Lunatic asylums Central Provinces reports 1886-1894 - 1886-1894
Year: 1886
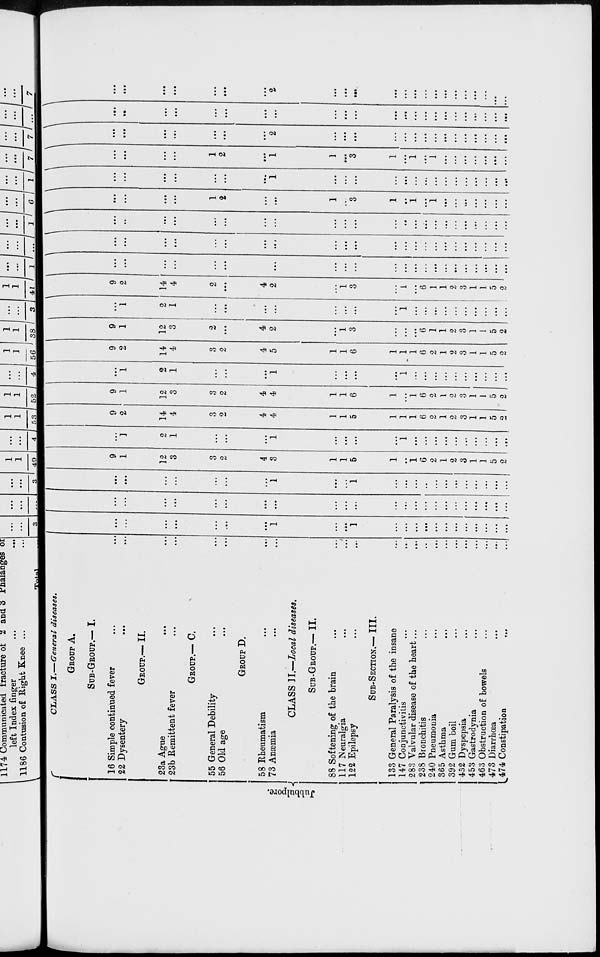
J ubbul por e.
CLASS I.— General diseases.
GROUP A.
SUB-GROUP.— I.
16 Simple continued fever ... ...
22 Dysentery ... ...
GROUP.— II.
23a Ague ... ...
23b Remittent fever ... ...
GROUP.— C.
55 General Debility ... ...
56 Old age ... ...
GROUP D.
58 Rheumatism ... ...
73 Anæmia ... ...
CLASS II.—Local diseases.
SUB-GROUP.— II.
88 Softening of the brain ... ...
117 Neuralgia ... ...
122 Epilepsy ... ...
SUB-SECTION.— III.
133 General Paralysis of the insane ...
147 Conjunctivitis ... ...
283 Valvular disease of the heart ... ...
238 Bronchitis ... ...
240 Pneumonia ... ...
365 Asthma ... ...
392 Gum boil
...
...
452 Dyspepsia ... ...
453 Gastrodynia ... ...
463 Obstruction of bowels ... ...
473 Diarrhœa ... ...
474 Constipation ... ...
...
...
...
...
...
...
...
1
...
...
1
...
...
...
...
...
...
...
...
...
...
...
...
...
...
...
...
...
...
...
...
...
...
...
...
...
...
...
...
...
...
...
...
...
...
...
...
...
...
...
...
...
...
1
...
...
1
...
...
...
...
...
...
...
...
...
...
...
...
9
1
12
3
3
2
4
3
1
1
5
1
...
1
6
2
1
2
3
1
1
5
2
...
1
2
1
...
...
...
1
...
...
...
...
1
...
...
...
...
...
...
...
...
...
...
9
2
14
4
3
2
4
4
1
1
5
1
1
1
6
2
1
2
3
1
1
5
2
9
1
12
3
3
2
4
4
1
1
6
1
...
1
6
2
1
2
3
1
1
5
2
...
1
2
1
...
...
...
1
...
...
...
...
1
...
...
...
...
...
...
...
...
...
...
9
2
14
4
3
2
4
5
1
1
6
1
1
1
6
2
1
2
3
1
1
5
2
9
1
12
3
2
...
4
2
...
1
3
...
...
...
6
1
1
2
3
1
1
5
2
...
1
2
1
...
...
...
...
...
...
...
...
1
...
...
...
...
...
...
...
...
...
...
9
2
14
4
2
...
4
2
...
1
3
...
1
...
6
1
1
2
3
1
1
5
2
...
...
...
...
...
...
...
...
...
...
...
...
...
...
...
...
...
...
...
...
...
...
...
...
...
...
...
...
...
...
...
...
...
...
...
...
...
...
...
...
...
...
...
...
...
...
...
...
...
...
...
...
...
...
...
...
...
...
...
...
...
...
...
...
...
...
...
...
...
...
...
...
...
1
2
...
...
1
...
3
1
...
1
...
1
...
...
...
...
...
...
...
...
...
...
...
...
...
...
1
...
...
...
...
...
...
...
...
...
...
...
...
...
...
...
...
...
...
...
1
2
...
1
1
...
3
1
...
1
...
1
...
...
...
...
...
...
...
...
...
...
...
...
...
...
2
...
...
...
...
...
...
...
...
...
...
...
...
...
...
...
...
...
...
...
...
...
...
...
...
...
...
...
...
...
...
...
...
...
...
...
...
...
...
...
...
...
...
...
...
...
2
...
...
...
...
...
...
...
...
...
...
...
...
...
...
...